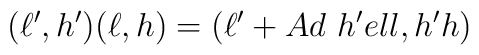
(\ell ^{\prime },h^{\prime })(\ell ,h)=(\ell ^{\prime }+Ad\ h^{\prime }\\ell ,h^{\prime }h)